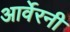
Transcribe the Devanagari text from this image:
आर्वेरनी